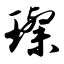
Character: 璨